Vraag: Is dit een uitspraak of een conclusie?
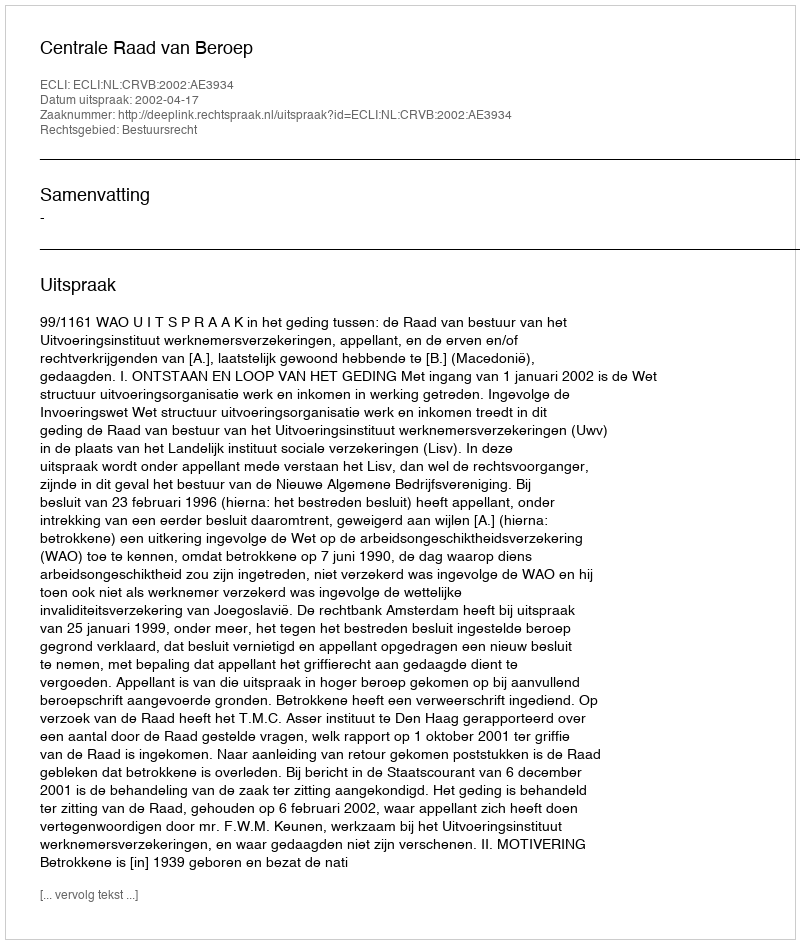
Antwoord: Uitspraak